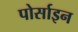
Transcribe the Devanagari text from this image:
पोर्साइन